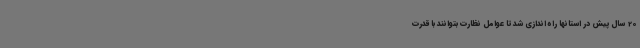
20 سال پیش در استانها راه اندازی شد تا عوامل نظارت بتوانند با قدرت